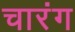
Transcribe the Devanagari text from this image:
चारंग